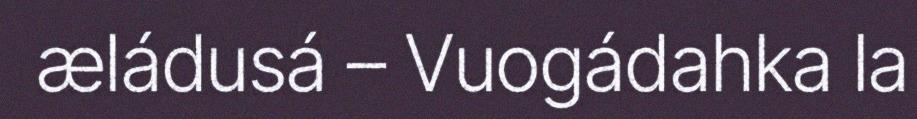
æládusá – Vuogádahka la